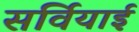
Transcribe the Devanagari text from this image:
सर्वियाई